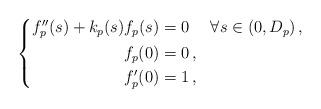
LaTeX: \begin{align*}\left\{\begin{aligned} f_p''(s) + k_p(s) f_p(s) &= 0 && \forall s \in (0,D_p) \,, \\ f_p(0) &= 0 \,, \\ f_p'(0) &= 1 \,,\end{aligned}\right.\end{align*}